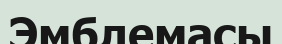
Эмблемасы